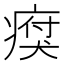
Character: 𤸗